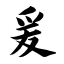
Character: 爰